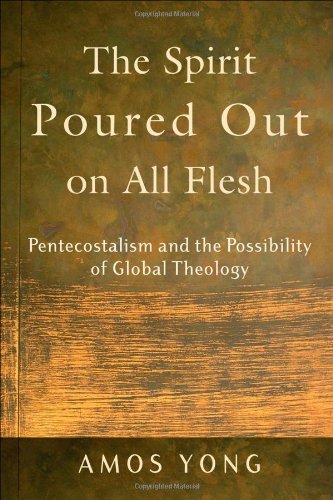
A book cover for The Spirit Poured Out on All Flesh: Pentecostalism and the Possibility of Global Theology; Amos Yong; Christian Books & Bibles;